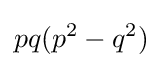
pq(p^{2}-q^{2})